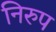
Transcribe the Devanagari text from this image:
निरुप